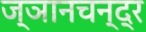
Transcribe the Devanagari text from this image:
ज्ञानचन्द्र